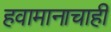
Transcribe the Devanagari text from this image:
हवामानाचाही